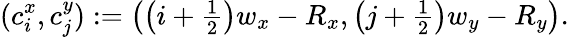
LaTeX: (c_{i}^{x},c_{j}^{y}):=\left(\left(i+\textstyle\frac{1}{2}\right)w_{x}-R_{x},\left(j+\textstyle\frac{1}{2}\right)w_{y}-R_{y}\right).